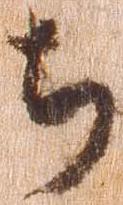
ち